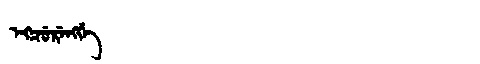
Manchu: ᡝᡴᠴᡠᡵᡝᠩᡤᡝ
Romanization: EKCURENGGE